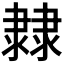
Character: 𨽼